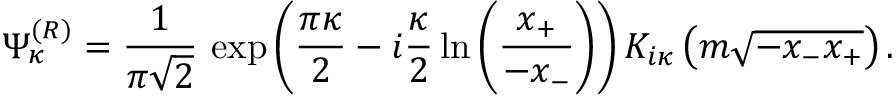
\Psi _ { \kappa } ^ { ( R ) } = \frac 1 { \pi \sqrt { 2 } } \, \exp \left( \frac { \pi \kappa } 2 - i \frac { \kappa } 2 \ln \left( \frac { x _ { + } } { - x _ { - } } \right) \right) K _ { i \kappa } \left( m \sqrt { - x _ { - } x _ { + } } \right) .